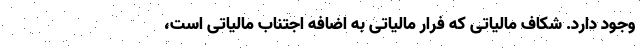
وجود دارد. شکاف مالیاتی که فرار مالیاتی به اضافه اجتناب مالیاتی است،